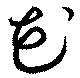
芲